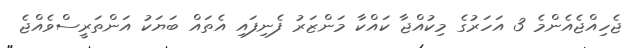
ޖެހިއްޖެއެންމެ 3 އަހަރުގެ މިކުއްޖާ ކައްކާ މަންޒަރު ފެނިފައި އެތައް ބަޔަކު އަންތަރީސްވެއްޖެ